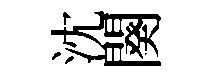
沈闋